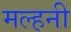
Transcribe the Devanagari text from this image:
मल्‍हनी